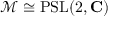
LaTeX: { \mathcal { M } } \cong \operatorname { P S L } ( 2 , \mathbf { C } )